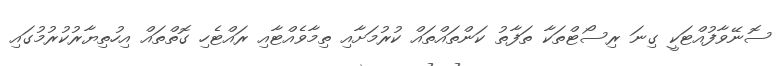
ސޮނޭވާފުއްޓަކީ ގިނަ ރިސޯޓްތަކާ ތަފާތު ކަންތައްތައް ކުރުމަށާއި ތިމާވެއްޓާއި ރައްޓެހި ގޮތްތައް އިހުތިޔާރުކުރުމުގައި